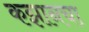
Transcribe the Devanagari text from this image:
कझानचा